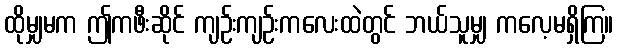
ထိုမျှမက ဤကဖီးဆိုင် ကျဉ်းကျဉ်းကလေးထဲတွင် ဘယ်သူမျှ ကလေ့မရှိကြ။